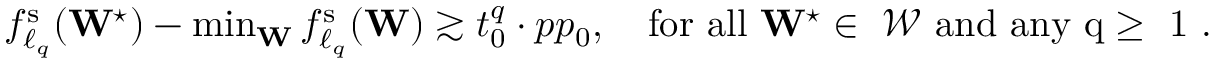
\begin{array} { r } { f _ { \ell _ { q } } ^ { \mathrm { s } } ( \mathbf { W } ^ { \star } ) - \operatorname* { m i n } _ { \mathbf { W } } f _ { \ell _ { q } } ^ { \mathrm { s } } ( \mathbf { W } ) \gtrsim { t _ { 0 } ^ { q } } \cdot p p _ { 0 } , \quad \mathrm { f o r ~ a l l ~ \mathbf { W } ^ \star \in ~ \mathcal { W } ~ a n d ~ a n y ~ q \geq ~ 1 ~ } . } \end{array}